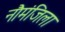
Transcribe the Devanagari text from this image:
नौमंजिला